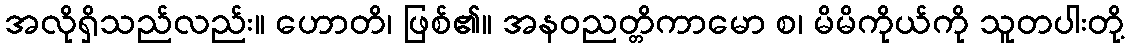
အလိုရှိသည်လည်း။ ဟောတိ၊ ဖြစ်၏။ အနဝညတ္တိကာမော စ၊ မိမိကိုယ်ကို သူတပါးတို့